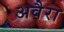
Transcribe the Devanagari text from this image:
अवैरा